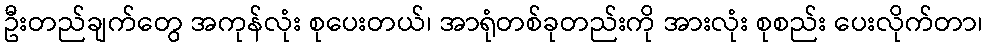
ဦးတည်ချက်တွေ အကုန်လုံး စုပေးတယ်၊ အာရုံတစ်ခုတည်းကို အားလုံး စုစည်း ပေးလိုက်တာ၊